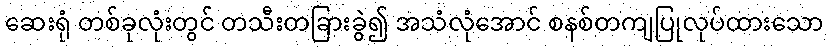
ဆေးရုံ တစ်ခုလုံးတွင် တသီးတခြားခွဲ၍ အသံလုံအောင် စနစ်တကျပြုလုပ်ထားသော